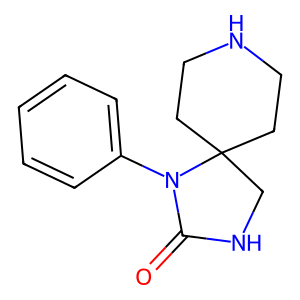
SMILES: O=C1NCC2(CCNCC2)N1c1ccccc1
Inhibits HIV replication: No